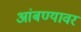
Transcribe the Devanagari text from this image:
आंबण्यावर